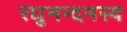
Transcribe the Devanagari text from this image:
रघुनन्दनस्य